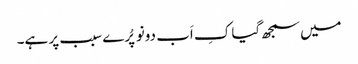
میں سمجھ گیا کِ اَب دونو پُرے سبب پر ہے۔